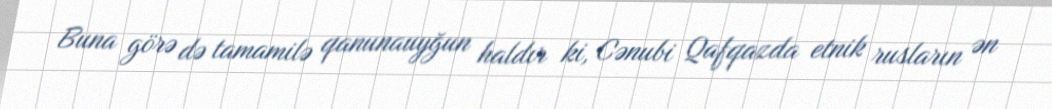
Buna görə də tamamilə qanunauyğun haldır ki, Cənubi Qafqazda etnik rusların ən